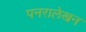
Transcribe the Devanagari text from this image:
पनरालेखन